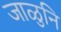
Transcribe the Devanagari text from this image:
जाळुनि